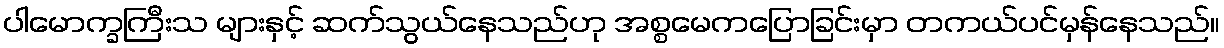
ပါမောက္ခကြီးသ များနှင့် ဆက်သွယ်နေသည်ဟု အစ္စမေကပြောခြင်းမှာ တကယ်ပင်မှန်နေသည်။